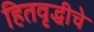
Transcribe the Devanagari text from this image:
हितवृद्धीचे